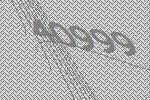
40999